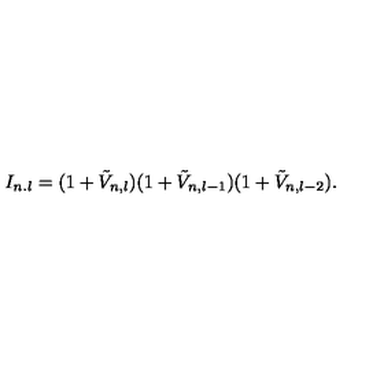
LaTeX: I _ { n . l } = ( 1 + \tilde { V } _ { n , l } ) ( 1 + \tilde { V } _ { n , l - 1 } ) ( 1 + \tilde { V } _ { n , l - 2 } ) .